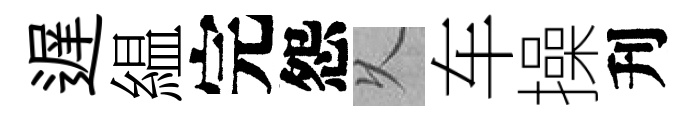
遅緼完怨乆车操刋